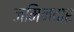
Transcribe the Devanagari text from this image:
जमिनदार